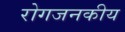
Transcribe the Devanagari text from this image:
रोगजनकीय